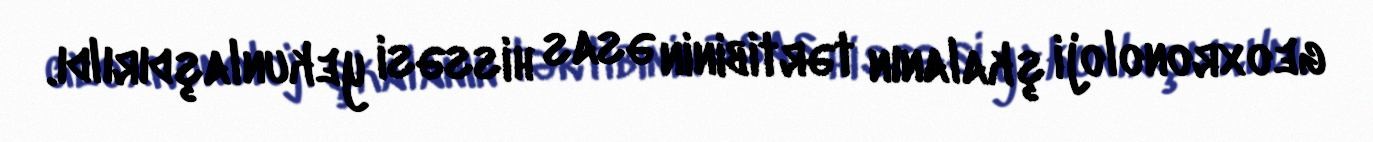
geoxronoloji şkalanın tərtibinin əsas hissəsi yekunlaşdırıldı.